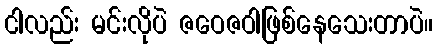
ငါလည်း မင်းလိုပဲ ဇဝေဇဝါဖြစ်နေသေးတာပဲ။